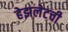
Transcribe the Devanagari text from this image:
हेझलेटची